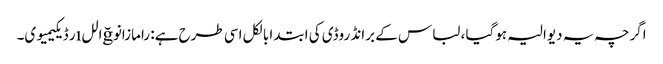
اگرچہ یہ دیوالیہ ہوگیا ، لباس کے برانڈ روڈی کی ابتدا بالکل اسی طرح ہے: رامازانوğاللıر ڈیکیمیوی۔